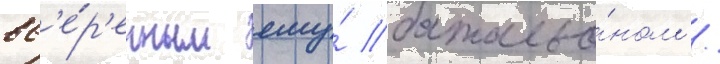
вв'е́р'енным ему́ батальо́ном /